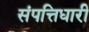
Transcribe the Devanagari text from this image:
संपत्तिधारी